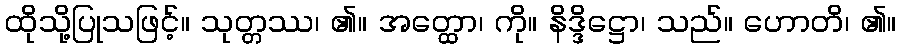
ထိုသို့ပြုသဖြင့်။ သုတ္တဿ၊ ၏။ အတ္ထော၊ ကို။ နိဒ္ဒိဋ္ဌော၊ သည်။ ဟောတိ၊ ၏။